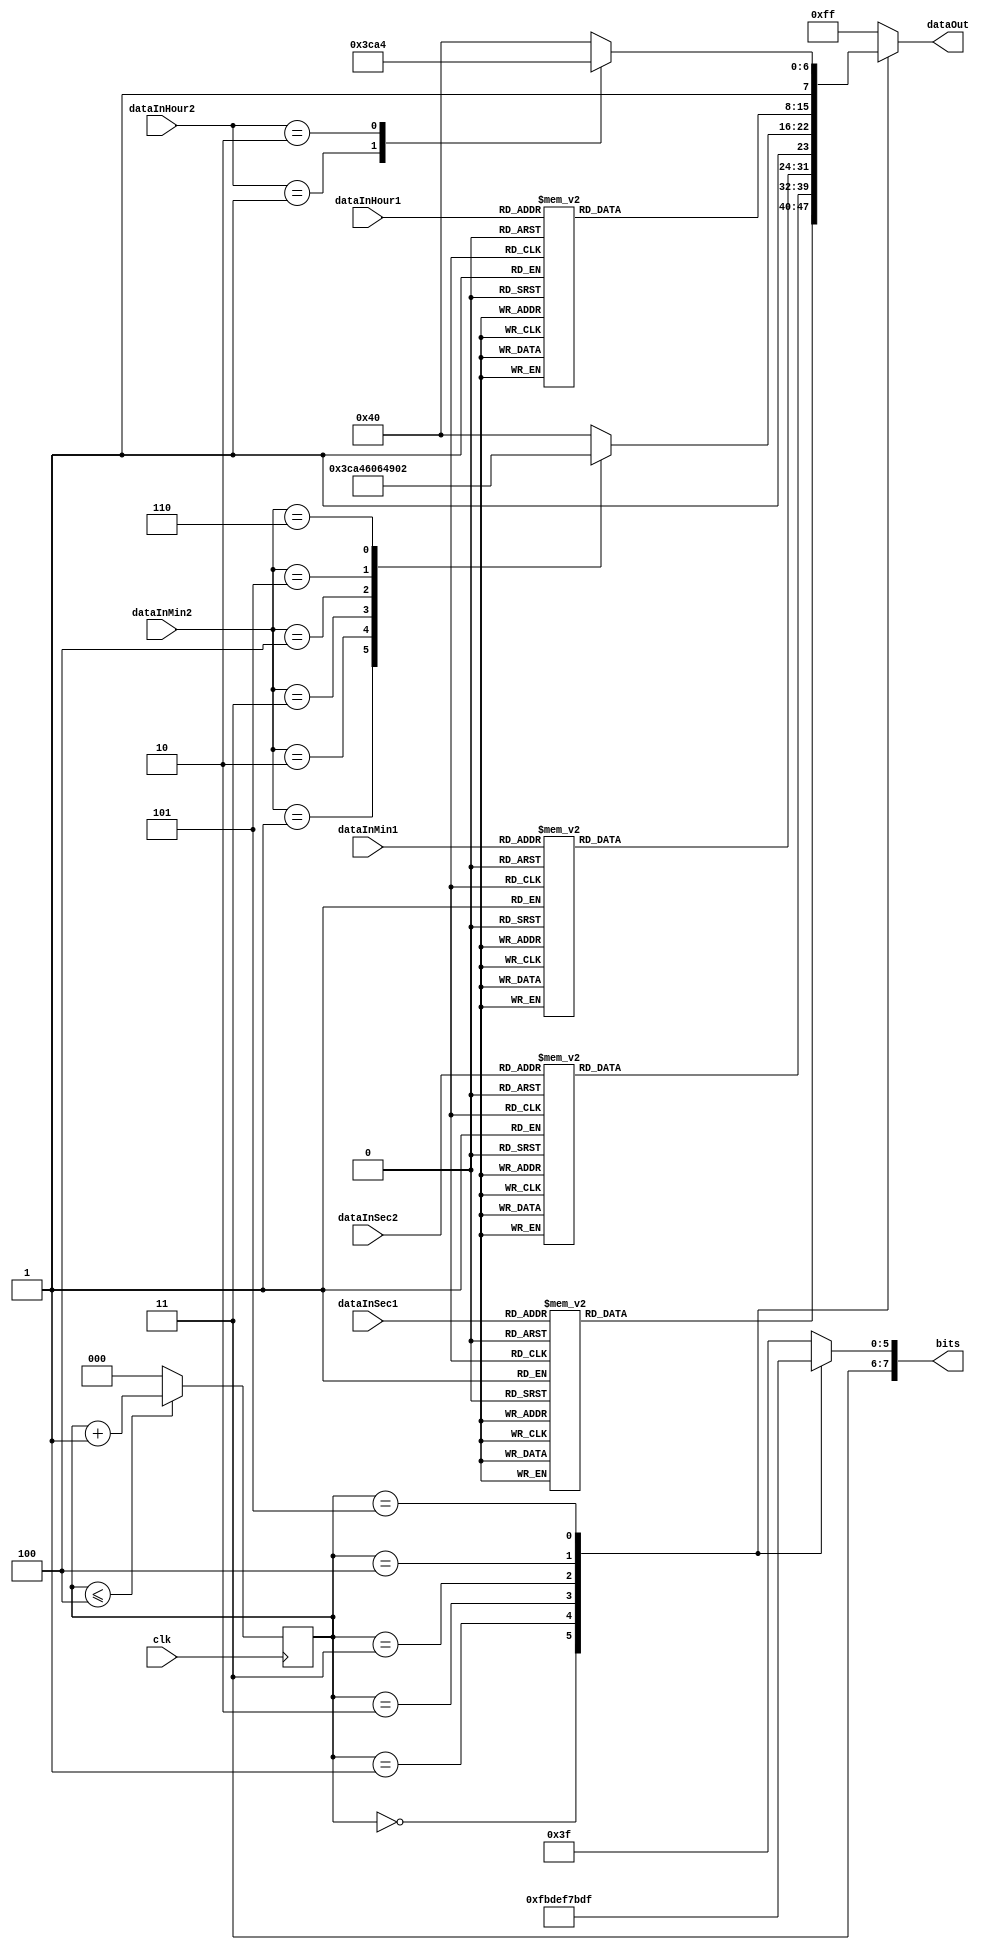
module decoder(input clk, input [0:3] dataInSec1, dataInSec2, dataInMin1, input [0:2] dataInMin2, 
					input [0:3] dataInHour1, input [0:1] dataInHour2, output reg [0:7] dataOut, output reg [7:0] bits);

//Para percorrer os dígitos do display de 7 segmentos
reg [2:0] digits;

/*------------------------------------------------------------------------------------*/
	
always @(posedge clk)
	begin
	
		if(digits <= 3'd4)
			digits <= digits + 3'b1;
		
		else
			digits <= 3'd0;
		
	end
	
/*------------------------------------------------------------------------------------*/
	
always @(digits)
	begin
	
		//Seleciona o dígito para acender os segmentos
		case(digits)
			3'd0: 
				begin
				
					bits <= ~(8'b00000001);
					
					case(dataInSec1)	
						4'b0000: dataOut <= ~(8'b00111111);	//0
						4'b0001: dataOut <= ~(8'b00000110);	//1
						4'b0010: dataOut <= ~(8'b01011011);	//2
						4'b0011: dataOut <= ~(8'b01001111);	//3
						4'b0100: dataOut <= ~(8'b01100110);	//4
						4'b0101: dataOut <= ~(8'b01101101);	//5
						4'b0110: dataOut <= ~(8'b01111101);	//6
						4'b0111: dataOut <= ~(8'b00000111);	//7
						4'b1000: dataOut <= ~(8'b01111111);	//8
						4'b1001: dataOut <= ~(8'b01101111);	//9
						default:	dataOut <= ~(8'b00111111);	//don't care	
						
					endcase
					
				end
				
			3'd1:
				begin
				
					bits <= ~(8'b00000010);
					
					case(dataInSec2)	
						4'b0000: dataOut <= ~(8'b00111111);	//0
						4'b0001: dataOut <= ~(8'b00000110);	//1
						4'b0010: dataOut <= ~(8'b01011011);	//2
						4'b0011: dataOut <= ~(8'b01001111);	//3
						4'b0100: dataOut <= ~(8'b01100110);	//4
						4'b0101: dataOut <= ~(8'b01101101);	//5
						4'b0110: dataOut <= ~(8'b01111101);	//6
						4'b0111: dataOut <= ~(8'b00000111);	//7
						4'b1000: dataOut <= ~(8'b01111111);	//8
						4'b1001: dataOut <= ~(8'b01101111);	//9
						default:	dataOut <= ~(8'b00111111);	//don't care	
						
					endcase
					
				end
				
			3'd2:
				begin
				
					bits <= ~(8'b00000100);
					
					case(dataInMin1)	
						4'b0000: dataOut <= ~(8'b10111111);	//0
						4'b0001: dataOut <= ~(8'b10000110);	//1
						4'b0010: dataOut <= ~(8'b11011011);	//2
						4'b0011: dataOut <= ~(8'b11001111);	//3
						4'b0100: dataOut <= ~(8'b11100110);	//4
						4'b0101: dataOut <= ~(8'b11101101);	//5
						4'b0110: dataOut <= ~(8'b11111101);	//6
						4'b0111: dataOut <= ~(8'b10000111);	//7
						4'b1000: dataOut <= ~(8'b11111111);	//8
						4'b1001: dataOut <= ~(8'b11101111);	//9
						default:	dataOut <= ~(8'b10111111);	//don't care	
						
					endcase
					
				end
				
			3'd3:
				begin
				
					bits <= ~(8'b00001000);
					
					case(dataInMin2)	
						3'b000: dataOut <= ~(8'b00111111);	//0
						3'b001: dataOut <= ~(8'b00000110);	//1
						3'b010: dataOut <= ~(8'b01011011);	//2
						3'b011: dataOut <= ~(8'b01001111);	//3
						3'b100: dataOut <= ~(8'b01100110);	//4
						3'b101: dataOut <= ~(8'b01101101);	//5
						3'b110: dataOut <= ~(8'b01111101);	//6
						default:	dataOut <= ~(8'b00111111);	//don't care	
						
					endcase
					
				end
				
			3'd4:
				begin
				
					bits <= ~(8'b00010000);
					
					case(dataInHour1)	
						4'b0000: dataOut <= ~(8'b10111111);	//0
						4'b0001: dataOut <= ~(8'b10000110);	//1
						4'b0010: dataOut <= ~(8'b11011011);	//2
						4'b0011: dataOut <= ~(8'b11001111);	//3
						4'b0100: dataOut <= ~(8'b11100110);	//4
						4'b0101: dataOut <= ~(8'b11101101);	//5
						4'b0110: dataOut <= ~(8'b11111101);	//6
						4'b0111: dataOut <= ~(8'b10000111);	//7
						4'b1000: dataOut <= ~(8'b11111111);	//8
						4'b1001: dataOut <= ~(8'b11101111);	//9
						default:	dataOut <= ~(8'b10111111);	//don't care	
						
					endcase
					
				end
				
			3'd5:
				begin
				
					bits <= ~(8'b00100000);
					
					case(dataInHour2)	
						2'b0000: dataOut <= ~(8'b00111111);	//0
						2'b0001: dataOut <= ~(8'b00000110);	//1
						2'b0010: dataOut <= ~(8'b01011011);	//2
						default:	dataOut <= ~(8'b00111111);	//don't care	
						
					endcase
					
				end
				
			default: 
				begin
				
					bits <= ~(8'b00000000);
					dataOut <= ~(8'b00000000);	//6
					
				end
			
		endcase
		
	end
		
endmodule